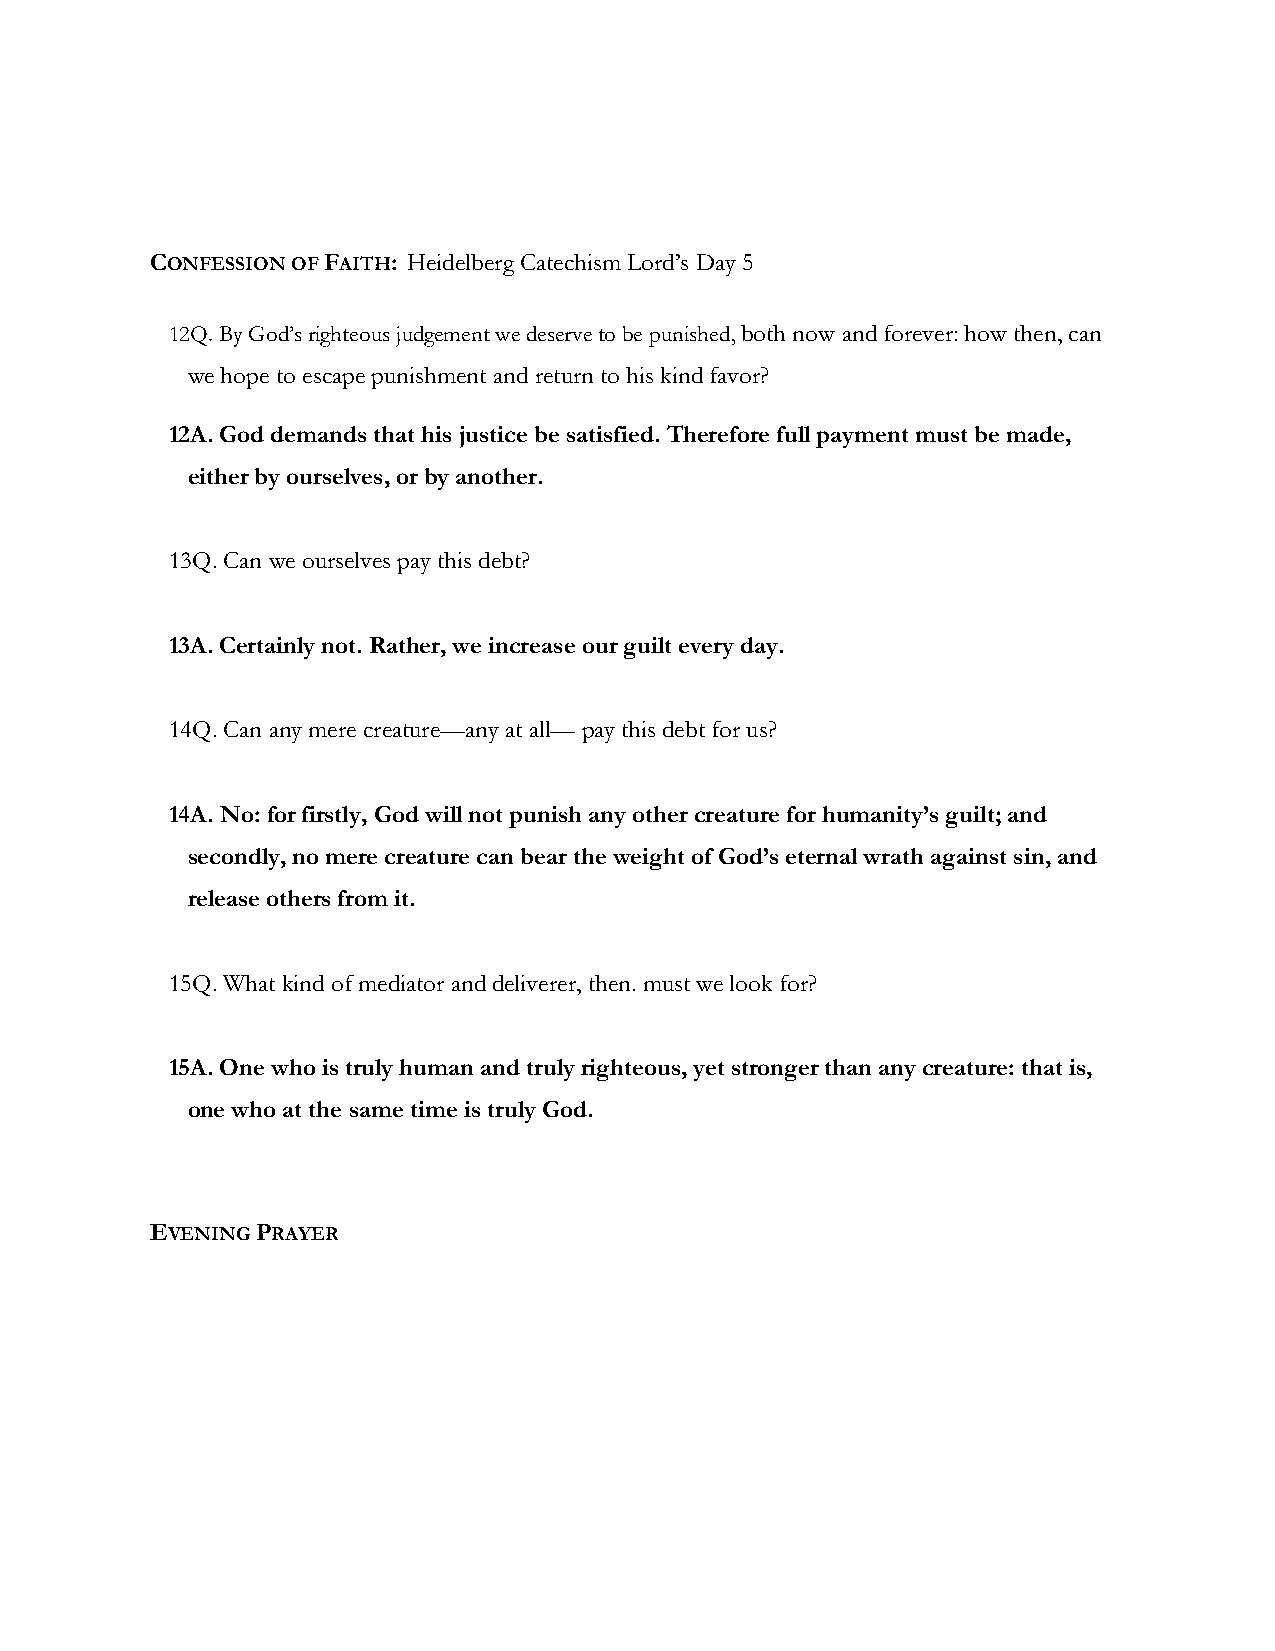
CONFESSION OF FAITH: Heidelberg Catechism Lord’s Day 5
 12Q. By God’s righteous judgement we deserve to be punished, both now and forever: how then, can
 we hope to escape punishment and return to his kind favor?
 12A. God demands that his justice be satisfied. Therefore full payment must be made,
 either by ourselves, or by another.
 13Q. Can we ourselves pay this debt?
 13A. Certainly not. Rather, we increase our guilt every day.
 14Q. Can any mere creature—any at all— pay this debt for us?
 14A. No: for firstly, God will not punish any other creature for humanity’s guilt; and
 secondly, no mere creature can bear the weight of God’s eternal wrath against sin, and
 release others from it.
 15Q. What kind of mediator and deliverer, then. must we look for?
 15A. One who is truly human and truly righteous, yet stronger than any creature: that is,
 one who at the same time is truly God.
 EVENING PRAYER